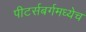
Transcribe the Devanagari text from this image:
पीटर्सबर्गमध्येच